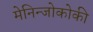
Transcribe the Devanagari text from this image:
मेनिन्जोकोकी